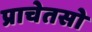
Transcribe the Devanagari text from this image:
प्राचेतसो